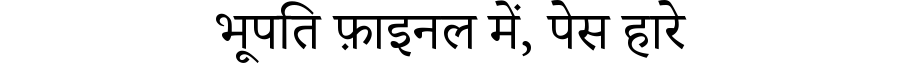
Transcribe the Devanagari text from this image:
भूपति फ़ाइनल में, पेस हारे